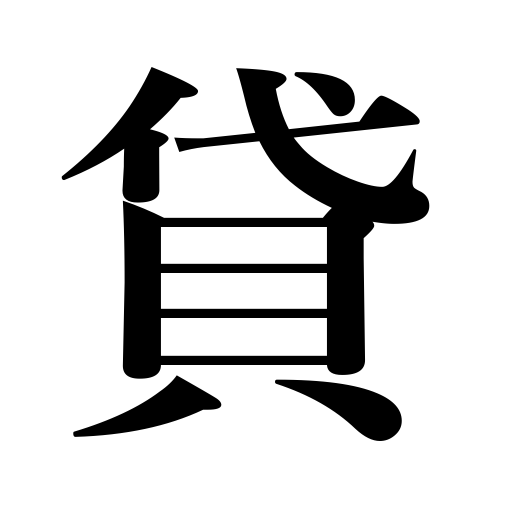
Meanings: give credit to,lease,hire out,lend,rent